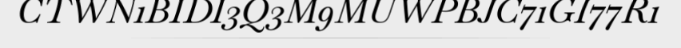
CTWN1BIDI3Q3M9MUWPBJC71GI77R1